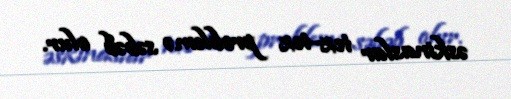
əskinaslar tez-tez problemə səbəb olur.